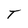
Character: T